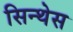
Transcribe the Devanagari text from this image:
सिन्थेस